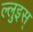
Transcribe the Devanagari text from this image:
ल्लुइस्